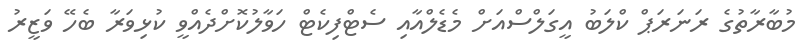
މުބާރާތުގެ ރަނަރަޕް ކްލަބު އީގަލްސްއަށް މެޑެލްއާއި ސެޓްފިކެޓް ހަވާލުކޮށްދެއްވީ ކުޅިވަރާ ބެހޭ ވަޒީރު